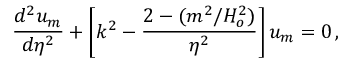
{ \frac { d ^ { 2 } u _ { m } } { d \eta ^ { 2 } } } + \left[ k ^ { 2 } - { \frac { 2 - ( m ^ { 2 } / H _ { o } ^ { 2 } ) } { \eta ^ { 2 } } } \right] u _ { m } = 0 \, ,